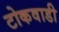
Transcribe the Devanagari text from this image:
टोकवाडी